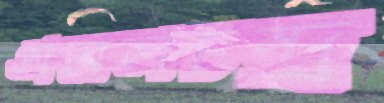
অমলচন্দ্র